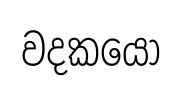
වදකයො